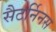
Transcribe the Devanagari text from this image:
सैटर्निनस